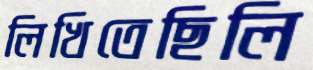
লিখিতেছিলি